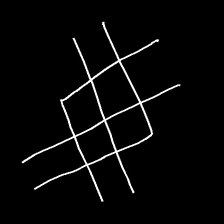
Glyph: crystal